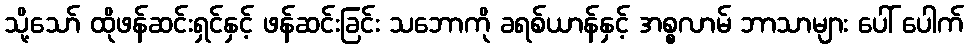
သို့သော် ထိုဖန်ဆင်းရှင်နှင့် ဖန်ဆင်းခြင်း သဘောကို ခရစ်ယာန်နှင့် အစ္စလာမ် ဘာသာများ ပေါ် ပေါက်